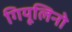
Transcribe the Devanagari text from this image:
गियूलिनो